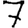
Digit: 7